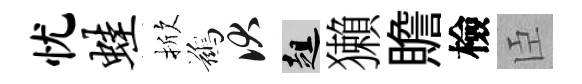
忧蛙掀鷀伏趄獺贍檢臣